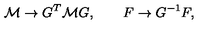
{ \cal M } \to G ^ { T } { \cal M } G , \qquad F \to G ^ { - 1 } F ,